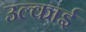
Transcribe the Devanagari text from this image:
उल्काई